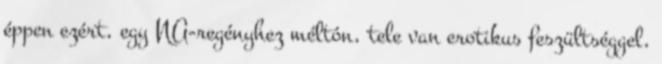
éppen ezért, egy NA-regényhez méltón, tele van erotikus feszültséggel,